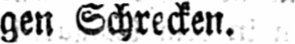
gen Schrecken.